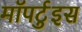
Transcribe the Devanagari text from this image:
मॉपर्टुइस